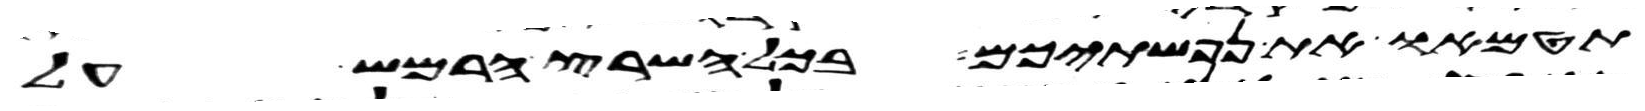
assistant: תטמאו את נפשתיכם בכל השרץ הרמש על